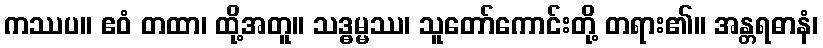
ကဿပ။ ဧဝံ တထာ၊ ထို့အတူ။ သဒ္ဓမ္မဿ၊ သူတော်ကောင်းတို့ တရား၏။ အန္တရဓာနံ၊